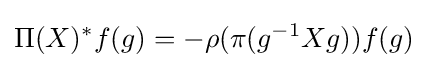
\Pi (X)^{*}f(g)=-\rho (\pi (g^{-1}Xg))f(g)